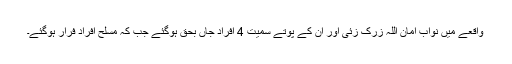
واقعے میں نواب امان اللہ زرک زئی اور ان کے پوتے سمیت 4 افراد جاں بحق ہوگئے جب کہ مسلح افراد فرار ہوگئے۔